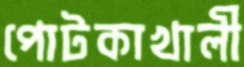
পোটকাখালী